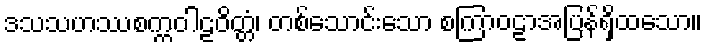
ဒသသဟဿစက္ကဝါဠဝိတ္တံ၊ တစ်သောင်းသော စကြာဝဠာအပြန်ရှိထသော။